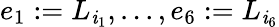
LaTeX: e_{1}:=L_{\mathit{i}_{1}},...,e_{6}:=L_{\mathit{i}_{6}}